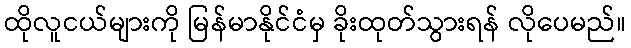
ထိုလူငယ်များကို မြန်မာနိုင်ငံမှ ခိုးထုတ်သွားရန် လိုပေမည်။